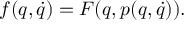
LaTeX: f ( q , \dot { q } ) = F ( q , p ( q , \dot { q } ) ) .